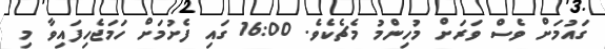
ގައުމަށް ވެސް ވަރަށް މުހިންމު މެޗެކެވެ. 16:00 ގައި ފެށުމަށް ހަމަޖެހިފައިވާ މި